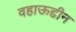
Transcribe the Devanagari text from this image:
वहाऊद्दीन